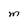
Character: M